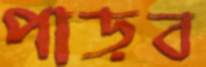
পাড়ব